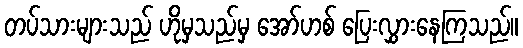
တပ်သားများသည် ဟိုမှသည်မှ အော်ဟစ် ပြေးလွှားနေကြသည်။